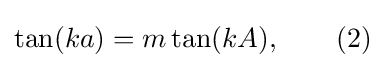
\tan(ka)=m\tan(kA),\qquad (2)